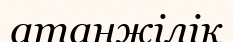
атанжілік